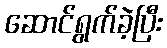
ဆောင်ရွက်ခဲ့ပြီး